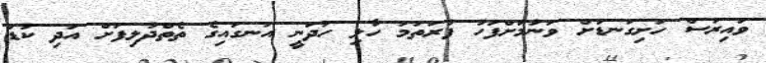
ވައިރަސް ހަށިގަނޑަށް ވަނުމަށްފަހު ފުރަތަމަ ހާލި ހަދަނީ އަނގައިގެ ތެތްދުލިފަށް އަދި ކުޑަ